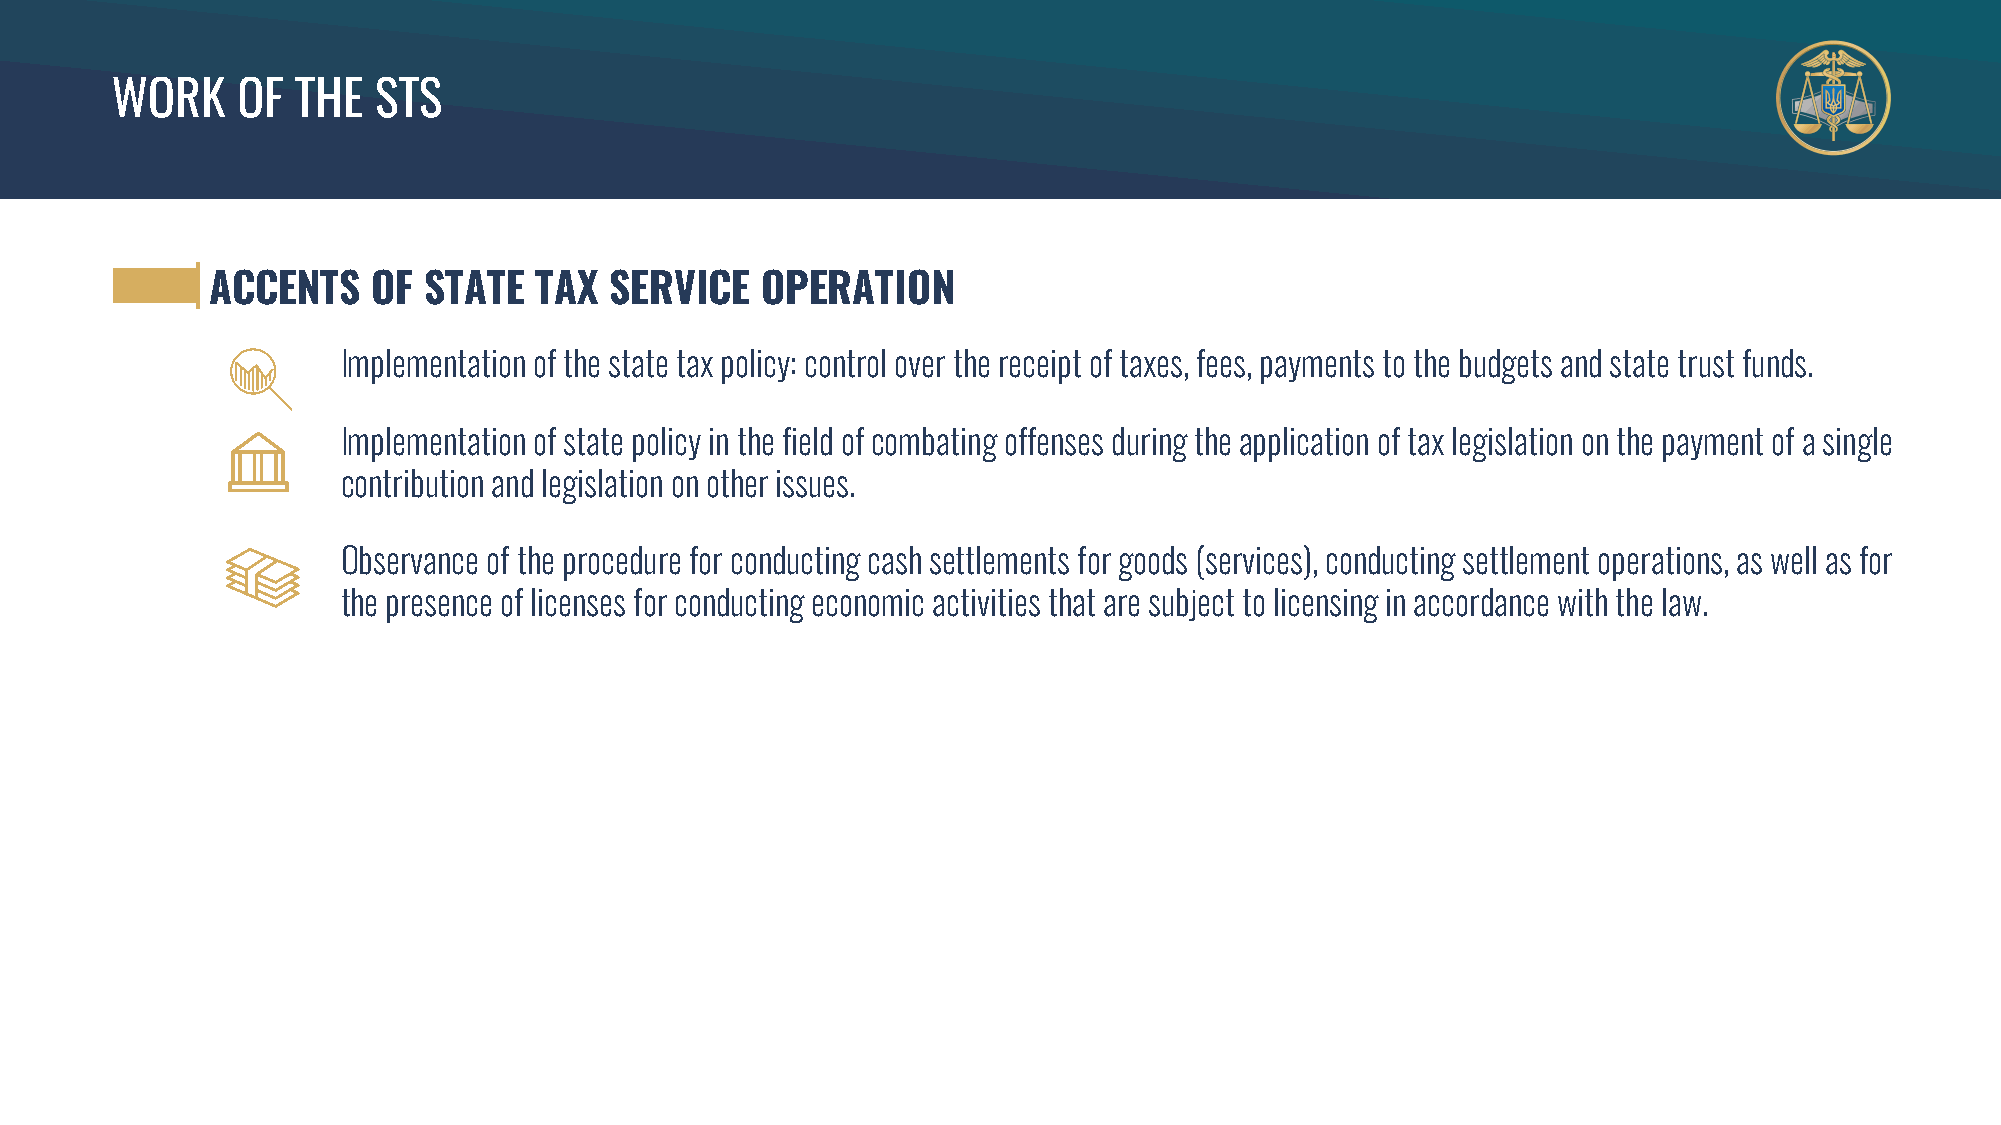
WORK     OF  THE  STS
 ACCENTS    OF STATE  TAX  SERVICE   OPERATION
 Implementation of the state tax policy: control over the receipt of taxes, fees, payments to the budgets and state trust funds.
 Implementation of state policy in the field of combating offenses during the application of tax legislation on the payment of a single
 contribution and legislation on other issues.
 Observance of the procedure for conducting cash settlements for goods (services), conducting settlement operations, as well as for
 the presence of licenses for conducting economic activities that are subject to licensing in accordance with the law.